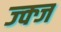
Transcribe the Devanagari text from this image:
ज्क्ज